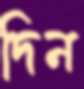
দিন